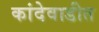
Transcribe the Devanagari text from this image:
कांदेवाडीत